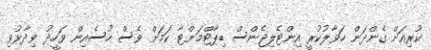
ކުރިއަށް ގެންދަން ހަވާލުކުރީ އިންޓެލިޖެންސް ޑިޕާޓްމަންޓާ ކަމަށް ވެސް ހުސެއިން ވަހީދު ވިދާޅުވި